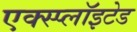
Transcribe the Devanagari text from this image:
एक्स्प्लाॅइटेड